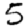
Digit: 5